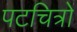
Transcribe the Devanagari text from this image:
पटचित्रों